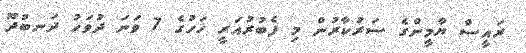
ރައީސް ޔާމީންގެ ސަރުކާރުން މި ފެބުރުއަރީ ހަހުގެ 7 ވަނަ ދުވަހު ދަނބުދޫ